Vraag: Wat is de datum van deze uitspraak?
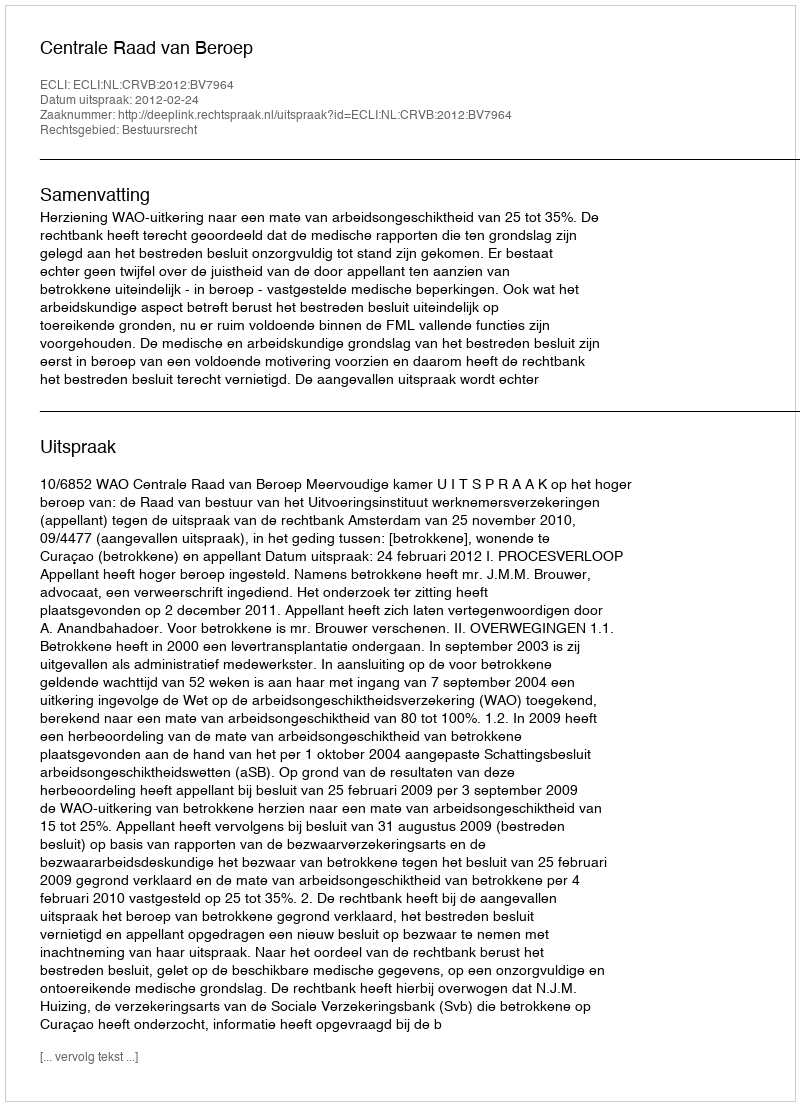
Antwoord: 2012-02-24